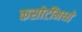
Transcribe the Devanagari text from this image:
कसोटींमध्ये